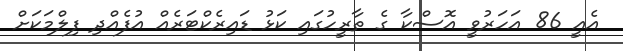
އެއީ 86 އަހަރުވީ އޮސްކާ ގެ ތާރީހުގައި ކަޅު ޑައިރެކްޓަރެއް އުފެއްދި ފިލްމަކަށް